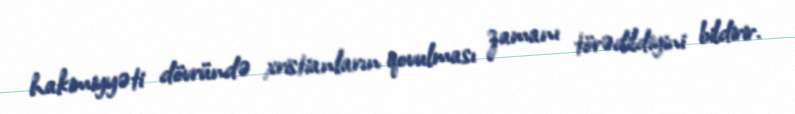
hakimiyyəti dövründə xristianların qovulması zamanı törədildiyini bildirir.